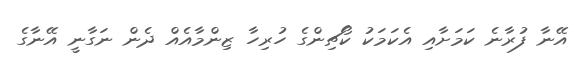
އޭނާ ފުރާނެ ކަމަށާއި އެކަމަކު ކޯޗިންގެ ހުރިހާ ޒިންމާއެއް ދެން ނަގާނީ އޭނާގެ